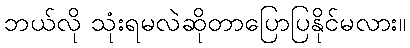
ဘယ်လို သုံးရမလဲဆိုတာပြောပြနိုင်မလား။